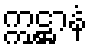
ဣဋ္ဌာနံ